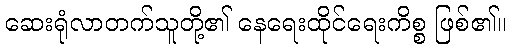
ဆေးရုံလာတက်သူတို့၏ နေရေးထိုင်ရေးကိစ္စ ဖြစ်၏။